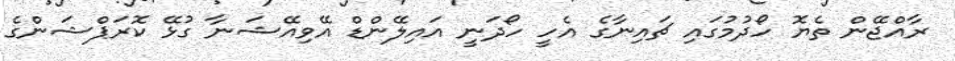
ރާއްޖޭން ތެޔޮ ހޯދުމުގައި ޗައިނާގެ އެހީ ހޯދަނީ އައިލޭންޑް އޭވިއޭޝަނާ ގުޅޭ ކޮރަޕްޝަންގެ